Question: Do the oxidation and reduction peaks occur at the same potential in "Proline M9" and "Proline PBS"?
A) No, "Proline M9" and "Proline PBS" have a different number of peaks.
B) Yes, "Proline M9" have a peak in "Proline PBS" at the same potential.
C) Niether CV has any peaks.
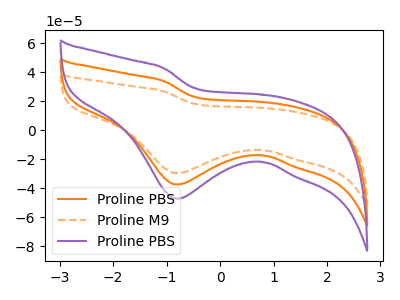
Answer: <think>The orange curve "Proline PBS" has a cathodic peak at: (-0.80V, -37.35uA). The orange dashed curve "Proline M9" has a cathodic peak at: (-0.80V, -29.60uA). The purple curve "Proline PBS" has a cathodic peak at: (-0.80V, -74.70uA).</think>
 <answer>B) Yes, "Proline M9" have a peak in "Proline PBS" at the same potential.</answer>
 <eval>B</eval>